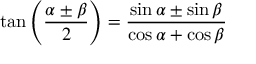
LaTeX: \tan \left( { \frac { \alpha \pm \beta } { 2 } } \right) = { \frac { \sin \alpha \pm \sin \beta } { \cos \alpha + \cos \beta } }